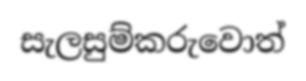
සැලසුම්කරුවොත්